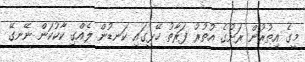
މީގެ އިތުރުން ރަށުގެ އުތުރު ފަރާތު ހޭޅީގައި ކަނޑުން ލެއްގި ކާކުކަން ނޭނގޭ